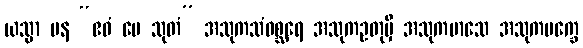
ယသ္မာ ပန “ဧဝံ မေ သုတံ” အသုကသံဝစ္ဆရေ အသုကဥတုမှိ အသုကမာသေ အသုကပက္ခေ